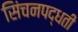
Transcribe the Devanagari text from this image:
सिंचनपद्धती